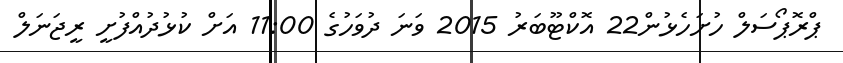
ޕްރޮޕޯސަލް ހުށަހެޅުން22 އޮކްޓޫބަރު 2015 ވަނަ ދުވަހުގެ 11:00 އަށް ކުޅުދުއްފުށީ ރީޖަނަލް